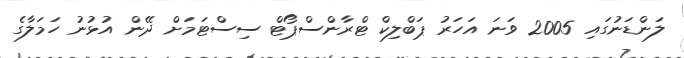
ލަންޑަނުގައި 2005 ވަަނަ އަހަރު ޕަބްލިކް ޓްރާންސްޕޯޓް ސިސްޓަމަށް ދޭން އުޅުނު ހަމަލާގެ